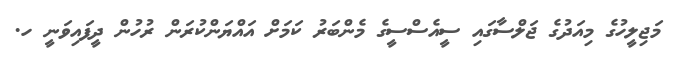
މަޖިލީހުގެ މިއަދުގެ ޖަލްސާގައި ސީއެސްސީގެ މެންބަރު ކަމަށް އައްޔަންކުރަން ރުހުން ދީފައިވަނީ ހ.